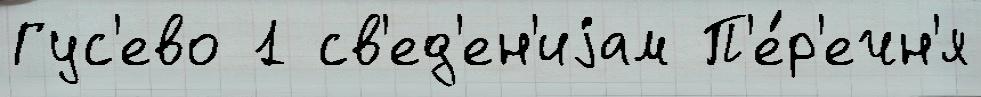
Гус'ево 1 св'ед'ен'иjам П'е́р'ечн'я